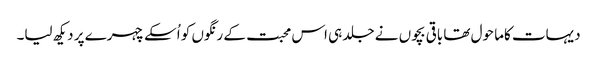
دیہات کاما حول تھا باقی بچوں نے جلد ہی اس محبت کے رنگوں کو اُسکے چہرے پر دیکھ لیا۔